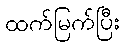
ထက်မြက်ပြီး